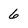
Character: 6